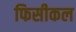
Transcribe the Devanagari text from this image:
फिसीकल